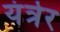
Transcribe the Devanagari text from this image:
यंत्रेर